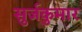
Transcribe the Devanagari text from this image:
सुर्जकुमार